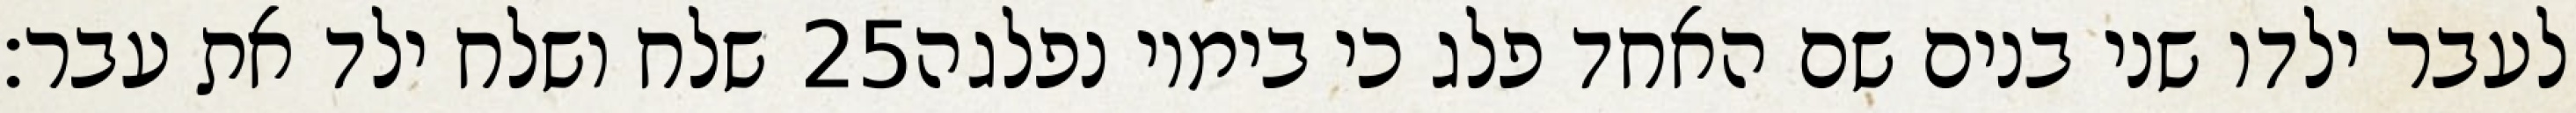
שלח ושלח ילד את עבר׃ ‎25‏ לעבר ילדו שני בנים שם האחד פלג כי בימיו נפלגה